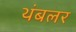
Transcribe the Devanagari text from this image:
थंबलर